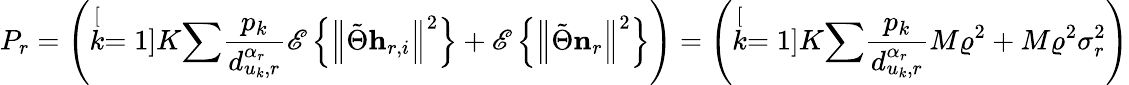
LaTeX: P_{r}=\left(\stackrel[k=1]{K}{\sum}\frac{p_{k}}{d_{u_{k},r}^{\alpha_{r}}}\mathscr{E}\left\{ \left\Vert\tilde{\Theta}\mathbf{h}_{r,i}\right\Vert^{2}\right\} +\mathscr{E}\left\{ \left\Vert\tilde{\Theta}\mathbf{n}_{r}\right\Vert^{2}\right\} \right)=\left(\stackrel[k=1]{K}{\sum}\frac{p_{k}}{d_{u_{k},r}^{\alpha_{r}}}M\varrho^{2}+M\varrho^{2}\sigma_{r}^{2}\right)